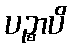
ပဉ္စာပိ